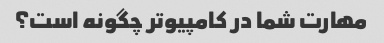
مهارت شما در کامپیوتر چگونه است؟